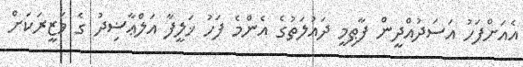
އެއަށްފަހު އަސަދުއްދީން ފާޠިމީ ދައުލަތުގެ އެންމެ ފަހު ޚަލީފާ އަލްޢާޟިދު ގެ ވަޒީރަކަށް